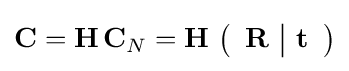
\mathbf {C} =\mathbf {H} \,\mathbf {C} _{N}=\mathbf {H} \,\left({\begin{array}{c|c}\mathbf {R} &\mathbf {t} \end{array}}\right)